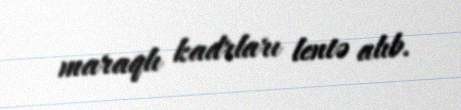
maraqlı kadrları lentə alıb.